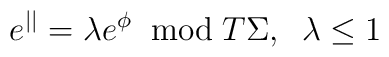
e^{||}=\lambda e^{\phi}\;\;\mbox{mod}\; T\Sigma,\;\;\lambda\leq 1